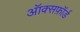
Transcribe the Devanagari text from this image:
ऑक्सफ़ॉर्ड